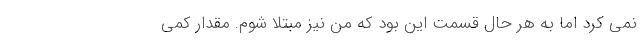
نمی کرد اما به هر حال قسمت این بود که من نیز مبتلا شوم. مقدار کمی